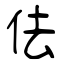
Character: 佉